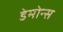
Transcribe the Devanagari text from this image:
डेमोन्स